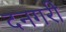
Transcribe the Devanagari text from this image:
दनगरी